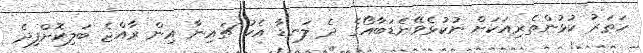
ހަތަރު ކުޅުންތެރިއަކަށް ނުކުޅެވޭނެޑަބާއޯގެ ދެ ލަނޑާ އެކު ޗައިނާ އިން ރާއްޖެ ބަލިކޮށްފިދެ